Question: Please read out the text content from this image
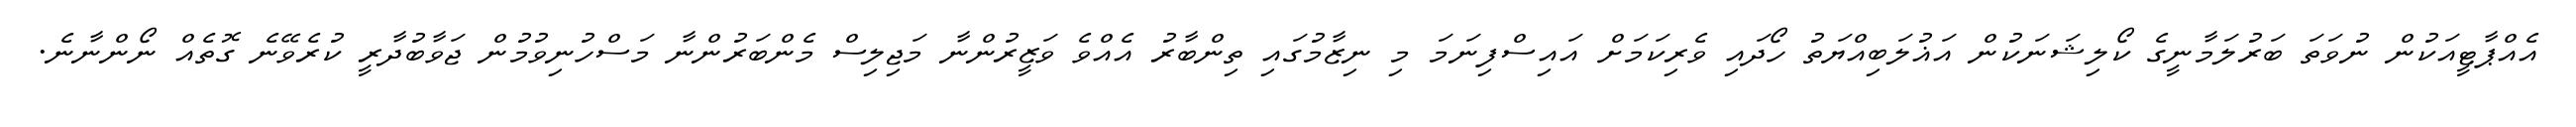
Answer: އެއްޕާޓީއަކުން ނުވަތަ ބަރުލަމާނީގެ ކޯލިޝަނަކުން އަޣުލަބިއްޔަތު ހޯދައި ވެރިކަމަށް އައިސްފިނަމަ މި ނިޒާމުގައި ތިންބާރު އެއްވެ ވަޒީރުންނާ މަޖިލިސް މެންބަރުންނާ މަސްހުނިވުމުން ޖަވާބުދާރީ ކުރެވޭނެ ގޮތެއް ނޯންނާނެ.